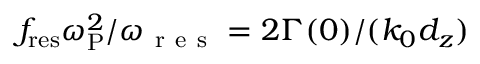
f _ { \mathrm { r e s } } \omega _ { \mathrm { P } } ^ { 2 } / \omega _ { \mathrm { ~ r ~ e ~ s ~ } } = 2 \Gamma ( 0 ) / ( k _ { 0 } d _ { z } )